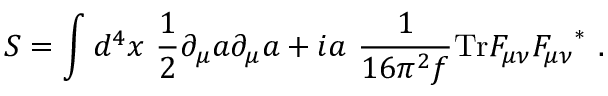
S = \int d ^ { 4 } x \ { \frac { 1 } { 2 } } \partial _ { \mu } a \partial _ { \mu } a + i a \ { \frac { 1 } { 1 6 \pi ^ { 2 } f } } \mathrm { T r } F _ { \mu \nu } { F _ { \mu \nu } } ^ { * } \ .